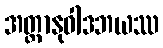
အတ္တာနုဝါဒဘယဿ